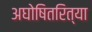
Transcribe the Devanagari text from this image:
अघोषितरित्या